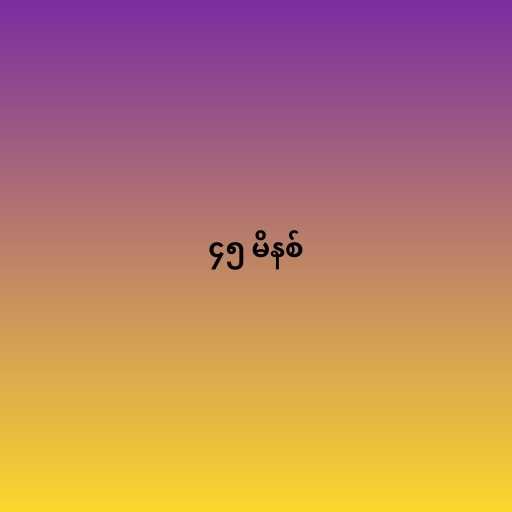
၄၅ မိနစ်